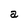
Character: a